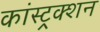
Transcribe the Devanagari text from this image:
कांस्ट्रक्शन